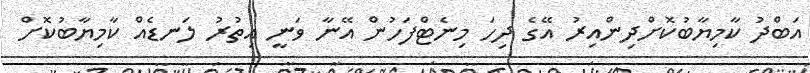
އަބްދު ކާމިޔާބުކޮށްދިންއިރު އޭގެ ދިހަ މިނެޓްފަހުން އޭނާ ވަނީ އިތުރު ލަނޑެއް ކާމިޔާބުކޮށް